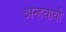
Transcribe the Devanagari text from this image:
अन्‍हवायो